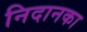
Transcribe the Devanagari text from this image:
निदानका